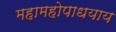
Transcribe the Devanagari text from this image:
महामहोपाधयाय